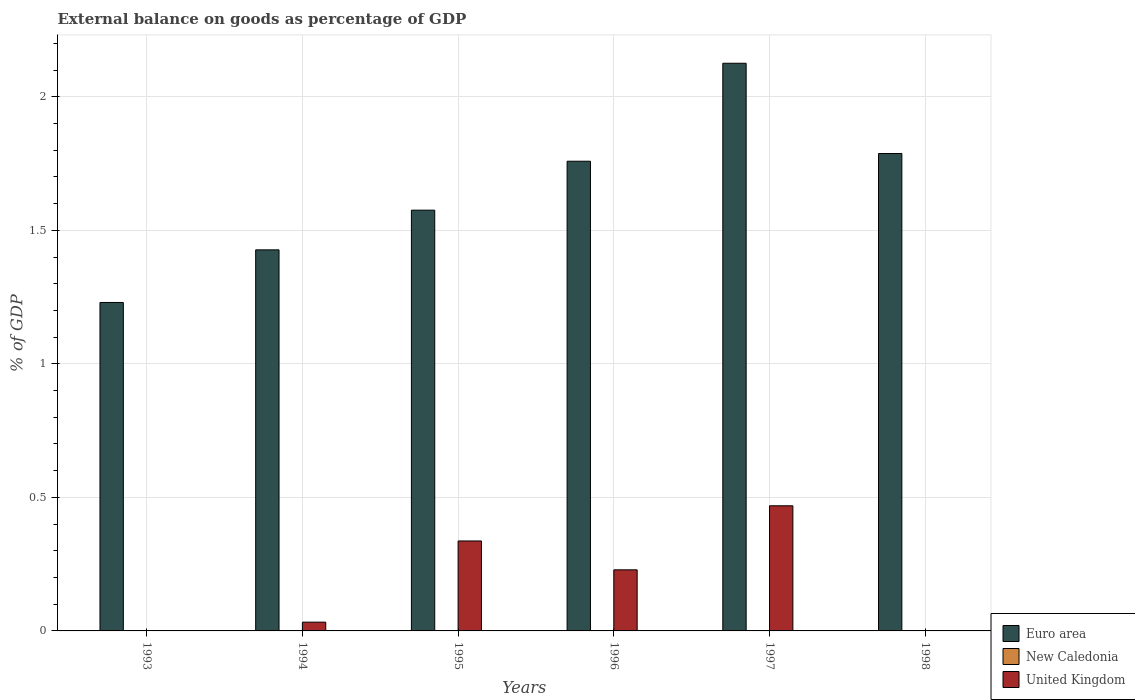
| Years | Euro area | New Caledonia | United Kingdom |
 | --- | --- | --- | --- |
 | 1993 | 1.23 | -17.2 | -0.302 |
 | 1994 | 1.43 | -14.9 | 0.0328 |
 | 1995 | 1.58 | -10.8 | 0.337 |
 | 1996 | 1.76 | -12.4 | 0.229 |
 | 1997 | 2.13 | -11.7 | 0.469 |
 | 1998 | 1.79 | -17.4 | -0.815 |